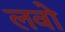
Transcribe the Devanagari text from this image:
लवो